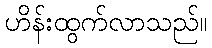
ဟိန်းထွက်လာသည်။